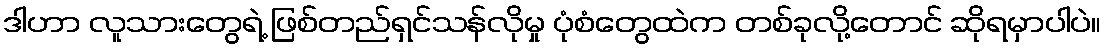
ဒါဟာ လူသားတွေရဲ့ ဖြစ်တည်ရှင်သန်လိုမှု ပုံစံတွေထဲက တစ်ခုလို့တောင် ဆိုရမှာပါပဲ။